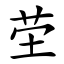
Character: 茔